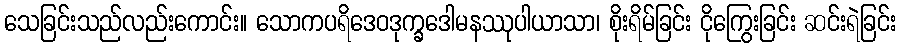
သေခြင်းသည်လည်းကောင်း။ သောကပရိဒေဝဒုက္ခဒေါမနဿုပါယာသာ၊ စိုးရိမ်ခြင်း ငိုကြွေးခြင်း ဆင်းရဲခြင်း